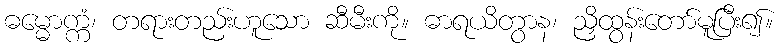
ဓမ္မောက္ကံ၊ တရားတည်းဟူသော ဆီမီးကို။ ဓာရယိတွာန၊ ညှိထွန်းတော်မူပြီး၍။